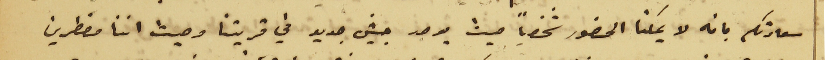
سعادتكم بانه لا يمكنا الحضور شخصياً حيث يوجد جيش جديد في قريتنا وحيث اننا مضطرين